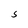
Character: 5